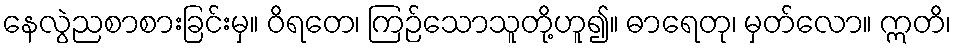
နေလွဲညစာစားခြင်းမှ။ ဝိရတေ၊ ကြဉ်သောသူတို့ဟူ၍။ ဓာရေတု၊ မှတ်လော။ ဣတိ၊